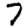
Digit: 7